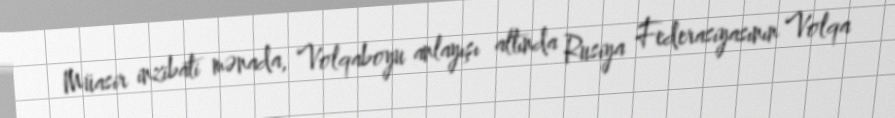
Müasir inzibati mənada, Volqaboyu anlayışı altında Rusiya Federasiyasının Volqa